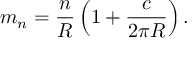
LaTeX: m _ { n } = \frac { n } { R } \left( 1 + \frac { c } { 2 \pi R } \right) .